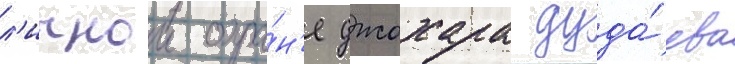
л'ичнои охра́н'е джохара дуда́ева